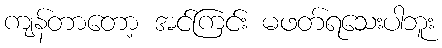
ကျန်တာတော့ အင်ကြင်း မဖတ်ရသေးပါဘူး